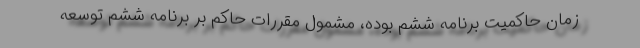
زمان حاکمیت برنامه ششم بوده، مشمول مقررات حاکم بر برنامه ششم توسعه